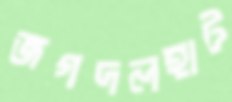
জগদলহাট